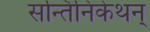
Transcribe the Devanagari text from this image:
सन्तिनिकेथन्